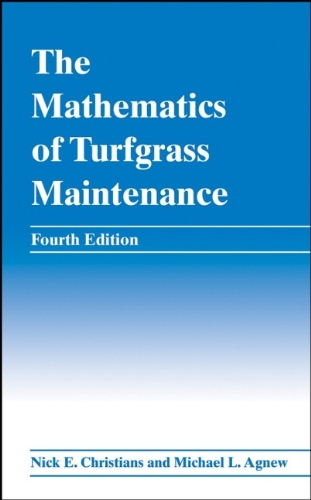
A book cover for The Mathematics of Turfgrass Maintenance; Nick Christians; Arts & Photography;